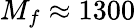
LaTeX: M_{f}\approx 1300